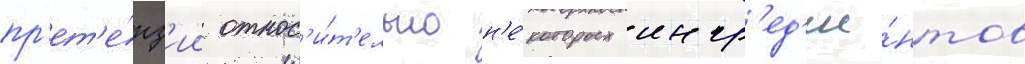
пр'ет'е́нз'ии относ'и́т'ельно н'е́которых ингр'ед'ие́нтов